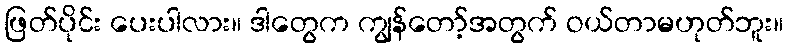
ဖြတ်ပိုင်း ပေးပါလား။ ဒါတွေက ကျွန်တော့်အတွက် ဝယ်တာမဟုတ်ဘူး။